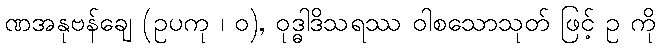
ဏအနုဗန်ချေ (ဥပကု ၊ ဝ), ဝုဒ္ဓါဒိသရဿ ဝါစသောသုတ် ဖြင့် ဥ ကို